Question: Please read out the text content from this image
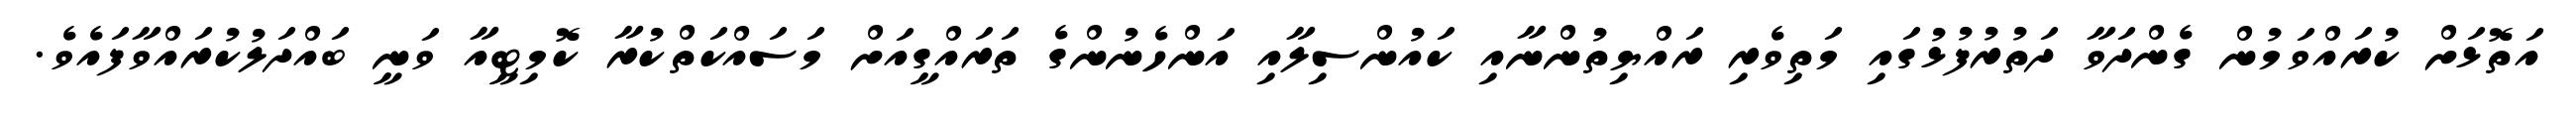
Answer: އަތޮޅަށް ކުރައްވަމުން ގެންދަވާ ދަތުރުފުޅުގައި މަތިވެރި ރައްޔިތުންނާއި ކައުންސިލާއި އަންހެނުންގެ ތަރައްގީއަށް މަސައްކަތްކުރާ ކޮމިޓީއާ ވަނީ ބައްދަލުކުރައްވާފައެވެ.